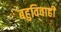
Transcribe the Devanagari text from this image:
बहुविवाही